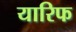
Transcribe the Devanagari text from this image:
यारिफ